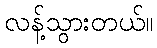
လန့်သွားတယ်။